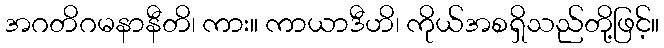
အဂတိဂမနာနီတိ၊ ကား။ ကာယာဒီဟိ၊ ကိုယ်အစရှိသည်တို့ဖြင့်။